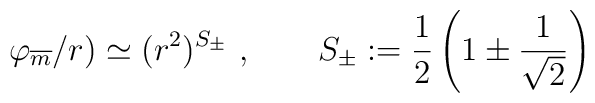
\varphi_{\overline{m}} /r) \simeq (r^2)^{S_\pm}\ , \qquad S_\pm : = \frac{1}{2} \left( 1 \pm \frac{1}{\sqrt{2}} \right)